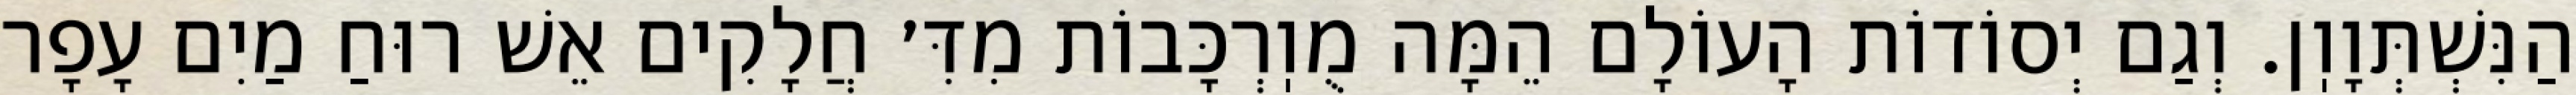
הַנִּשְׁתְּוָוֽן. וְגַם יְסוֹדוֹת הָעוֹלָם הֵמָּה מֻוֽרְכָּבוֹת מִדִּ׳ חֲלָקִים אֵשׁ רוּחַ מַיִם עָפָר